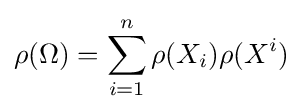
\rho (\Omega )=\sum _{i=1}^{n}\rho (X_{i})\rho (X^{i})